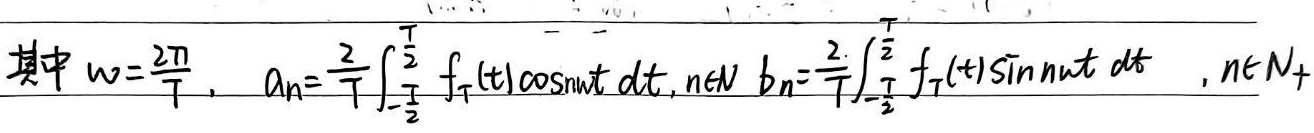
其中\(\omega = \frac{2\pi}{T}\)，
\(a_{n}=\frac{2}{T}\int_{-\frac{T}{2}}^{\frac{T}{2}} f_{T}(t)\cos(n\omega t)\mathrm{d}t\)，\(n\in N\)，
\(b_{n}=\frac{2}{T}\int_{-\frac{T}{2}}^{\frac{T}{2}} f_{T}(t)\sin(n\omega t)\mathrm{d}t\)，\(n\in N_{+}\)